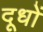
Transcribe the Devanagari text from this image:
दूधों